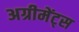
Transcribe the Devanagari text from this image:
अग्रीमेंट्स